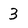
Character: 3